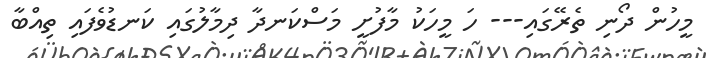
މީހުން ދޯނި ތެރޭގައި--- ހަ މީހަކު މާފުށީ މަސްކަނދާ ދިމާލުގައި ކަނޑުވެފައި ތިއްބާ